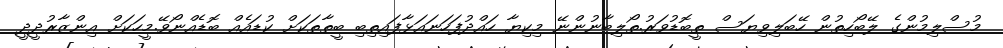
މުސްލިމުންގެ ލޭބޯހިތުން ހޭބަލިވިޔަސް ތީބޮޑުވަރު.ތޯލިބާނުންނޭ މިކިޔާ ހައްދުފަހަނައަޅާފައިތިބި ބީތާތަކަށް ކުޑައެއް ބޮޑެއްނޯވޭ.މީހަކަށް އިންޒާރުދީދީ